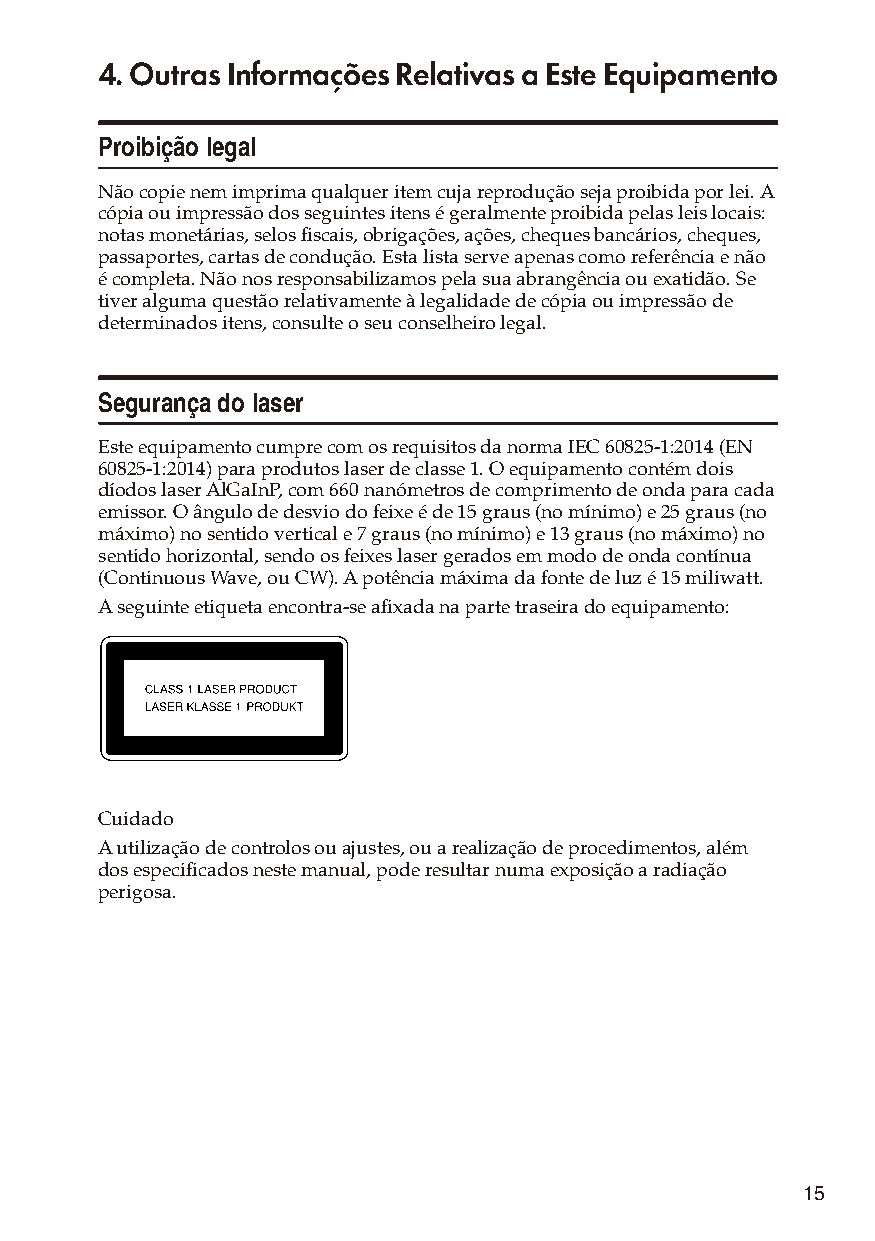
4. Outras Informações Relativas a Este Equipamento
 Proibição legal
 Não copie nem imprima qualquer item cuja reprodução seja proibida por lei. A
 cópia ou impressão dos seguintes itens é geralmente proibida pelas leis locais:
 notas monetárias, selos fiscais, obrigações, ações, cheques bancários, cheques,
 passaportes, cartas de condução. Esta lista serve apenas como referência e não
 é completa. Não nos responsabilizamos pela sua abrangência ou exatidão. Se
 tiver alguma questão relativamente à legalidade de cópia ou impressão de
 determinados itens, consulte o seu conselheiro legal.
 Segurança do laser
 Este equipamento cumpre com os requisitos da norma IEC 60825-1:2014 (EN
 60825-1:2014) para produtos laser de classe 1. O equipamento contém dois
 díodos laser AlGaInP, com 660 nanómetros de comprimento de onda para cada
 emissor. O ângulo de desvio do feixe é de 15 graus (no mínimo) e 25 graus (no
 máximo) no sentido vertical e 7 graus (no mínimo) e 13 graus (no máximo) no
 sentido horizontal, sendo os feixes laser gerados em modo de onda contínua
 (Continuous Wave, ou CW). A potência máxima da fonte de luz é 15 miliwatt.
 A seguinte etiqueta encontra-se afixada na parte traseira do equipamento:
 Cuidado
 A utilização de controlos ou ajustes, ou a realização de procedimentos, além
 dos especificados neste manual, pode resultar numa exposição a radiação
 perigosa.
 15